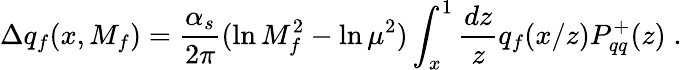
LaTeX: \Delta q_{f}(x,M_{f})={\frac{\alpha_{s}}{2\pi}}(\ln M_{f}^{2}-\ln\mu^{2})\int_{x}^{1}{\frac{dz}{z}}q_{f}(x/z)P_{qq}^{+}(z)\; .